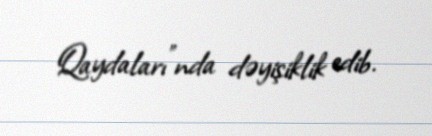
Qaydaları”nda dəyişiklik edib.